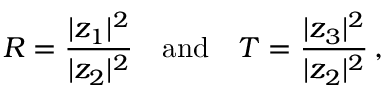
R = \frac { | z _ { 1 } | ^ { 2 } } { | z _ { 2 } | ^ { 2 } } \quad \mathrm { a n d } \quad T = \frac { | z _ { 3 } | ^ { 2 } } { | z _ { 2 } | ^ { 2 } } \, ,